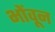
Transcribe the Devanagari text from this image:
भोंवून